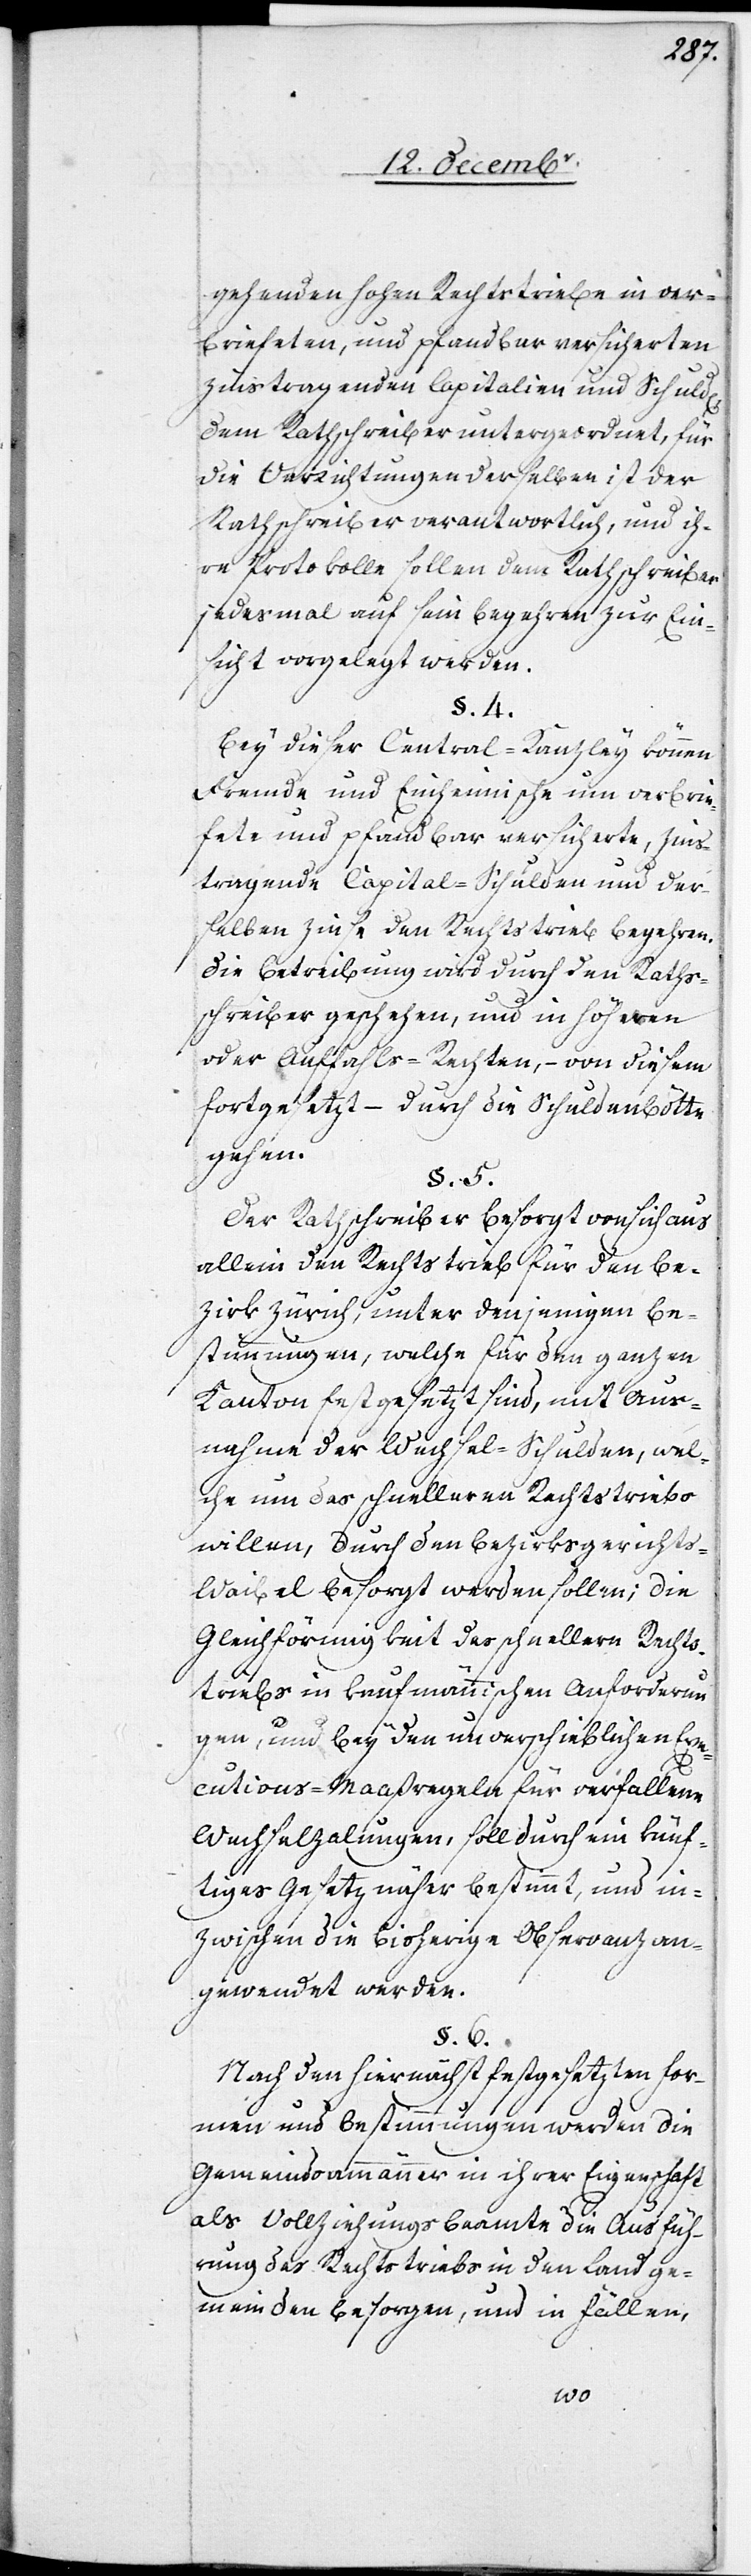
gehenden hohen Rechtstriebe in ver¬
briefeten, und pfandbar versicherten
zinstragenden Capitalien und Schuld[en],
dem Rathschreiber untergeordnet, für
die Verrichtungen derselben ist der
Rathschreiber verantwortlich, und ih¬
re Protokolle sollen dem Rathschreiber
jedesmal auf sein Begehren zur Ein¬
sicht vorgelegt werden.
§. 4.
Bey dieser Central-Kanzley können
Fremde und Einheimische um verbrie¬
fete und pfandbar versicherte, zins¬
tragende Capital-Schulden und der¬
selben Zinse den Rechtstrieb begehren.
Die Betreibung wird durch den Raths¬
schreiber geschehen, und in höheren
oder Auffahls-Rechten, – von diesem
fortgesetzt, – durch die Schuldenbötte
gehen.
§. 5.
Der Rathschreiber besorgt von sich aus
allein den Rechtstrieb für den Be¬
zirk Zürich, unter denjenigen Be¬
stimmungen, welche für den ganzen
Kanton festgesetzt sind, mit Aus¬
nahme der Wechsel-Schulden, wel¬
che um des schnelleren Rechtstriebs
willen, durch den Bezirksgericht¬
s-Waibel besorgt werden sollen; die
Gleichförmigkeit des schnellern Rechts¬
triebs in kaufmännischen Anforderun¬
gen, und bey den unverschieblichen Exe¬
cutions-Maaßregeln für verfallene
Wechselzalungen, soll durch ein künf¬
tiges Gesetz näher bestimmt, und in¬
zwischen die bisherige Observanz an¬
gewendet werden.
§. 6.
Nach den hiernächst festgesetzten For¬
men und Bestimmungen werden die
Gemeindsammänner in ihrer Eigenschaft
als Vollziehungsbeamte die Ausfüh¬
rung des Rechtstriebs in den Landge¬
meinden besorgen, und in Fällen,